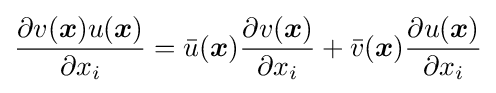
{\frac {\partial v({\boldsymbol {x}})u({\boldsymbol {x}})}{\partial x_{i}}}={{\bar {u}}({\boldsymbol {x}})}{\frac {\partial v({\boldsymbol {x}})}{\partial x_{i}}}+{{\bar {v}}({\boldsymbol {x}})}{\frac {\partial u({\boldsymbol {x}})}{\partial x_{i}}}